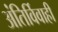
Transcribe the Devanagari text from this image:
अंतिर्विवाही